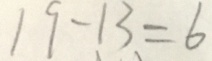
1 9 - 1 3 = 6